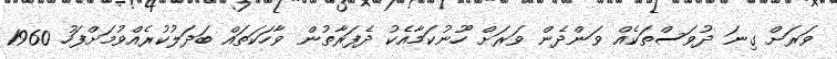
ވަރަށް ގިނަ ދުވަސްތަކެއް ވަންދެން ވަރަށް ހޫނުކަމާއެކު ދެފަރާތުން ވާހަކަތައް ބަދަލުކުރެއްވުމަށްފަހު 1960